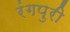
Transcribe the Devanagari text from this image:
रंगपुरी